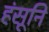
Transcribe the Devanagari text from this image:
हंसूनि